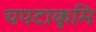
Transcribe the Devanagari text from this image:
चपटाकृमि